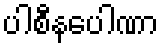
ပါစီနပေါဏာ